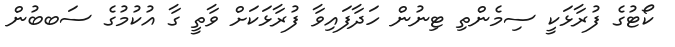
ކޯޓުގެ ފުރާޅަކީ ސިމެންތި ޓިނުން ހަދާފައިވާ ފުރާޅަކަށް ވާތީ ގާ އުކުމުގެ ސަބބުން